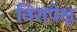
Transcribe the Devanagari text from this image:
निरापेक्ष